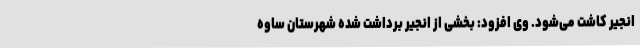
انجیر کاشت می‌شود. وی افزود: بخشی از انجیر برداشت شده شهرستان ساوه